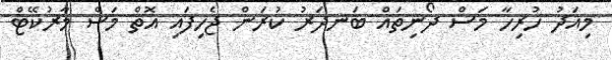
މިއަދު ހުރިހާ މަސް ދޯނިތައް ބަނދަރު ކުރަން ޖެހިފައި އޮތް މަސް މާރުކޭޓް